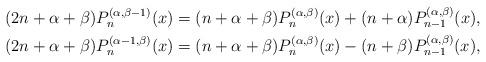
LaTeX: \begin{align*} (2n+\alpha+\beta) P_{n}^{(\alpha,\beta-1)}(x) &=(n+\alpha+\beta)P_n^{(\alpha,\beta)}(x)+(n+\alpha)P_{n-1}^{(\alpha,\beta)}(x) ,\\ (2n+\alpha+\beta) P_{n}^{(\alpha-1,\beta)}(x) &=(n+\alpha+\beta)P_{n}^{(\alpha,\beta)}(x)-(n+\beta)P_{n-1}^{(\alpha,\beta)}(x) ,\end{align*}